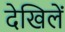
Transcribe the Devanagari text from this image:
देखिलें